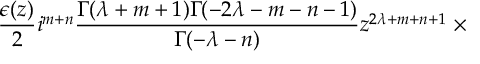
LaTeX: \frac { \epsilon ( z ) } { 2 } i ^ { m + n } \frac { \Gamma ( \lambda + m + 1 ) \Gamma ( - 2 \lambda - m - n - 1 ) } { \Gamma ( - \lambda - n ) } z ^ { 2 \lambda + m + n + 1 } \; \times